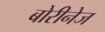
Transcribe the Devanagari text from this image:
बोरीनेज